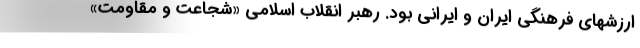
ارزشهای فرهنگی ایران و ایرانی بود. رهبر انقلاب اسلامی «شجاعت و مقاومت»